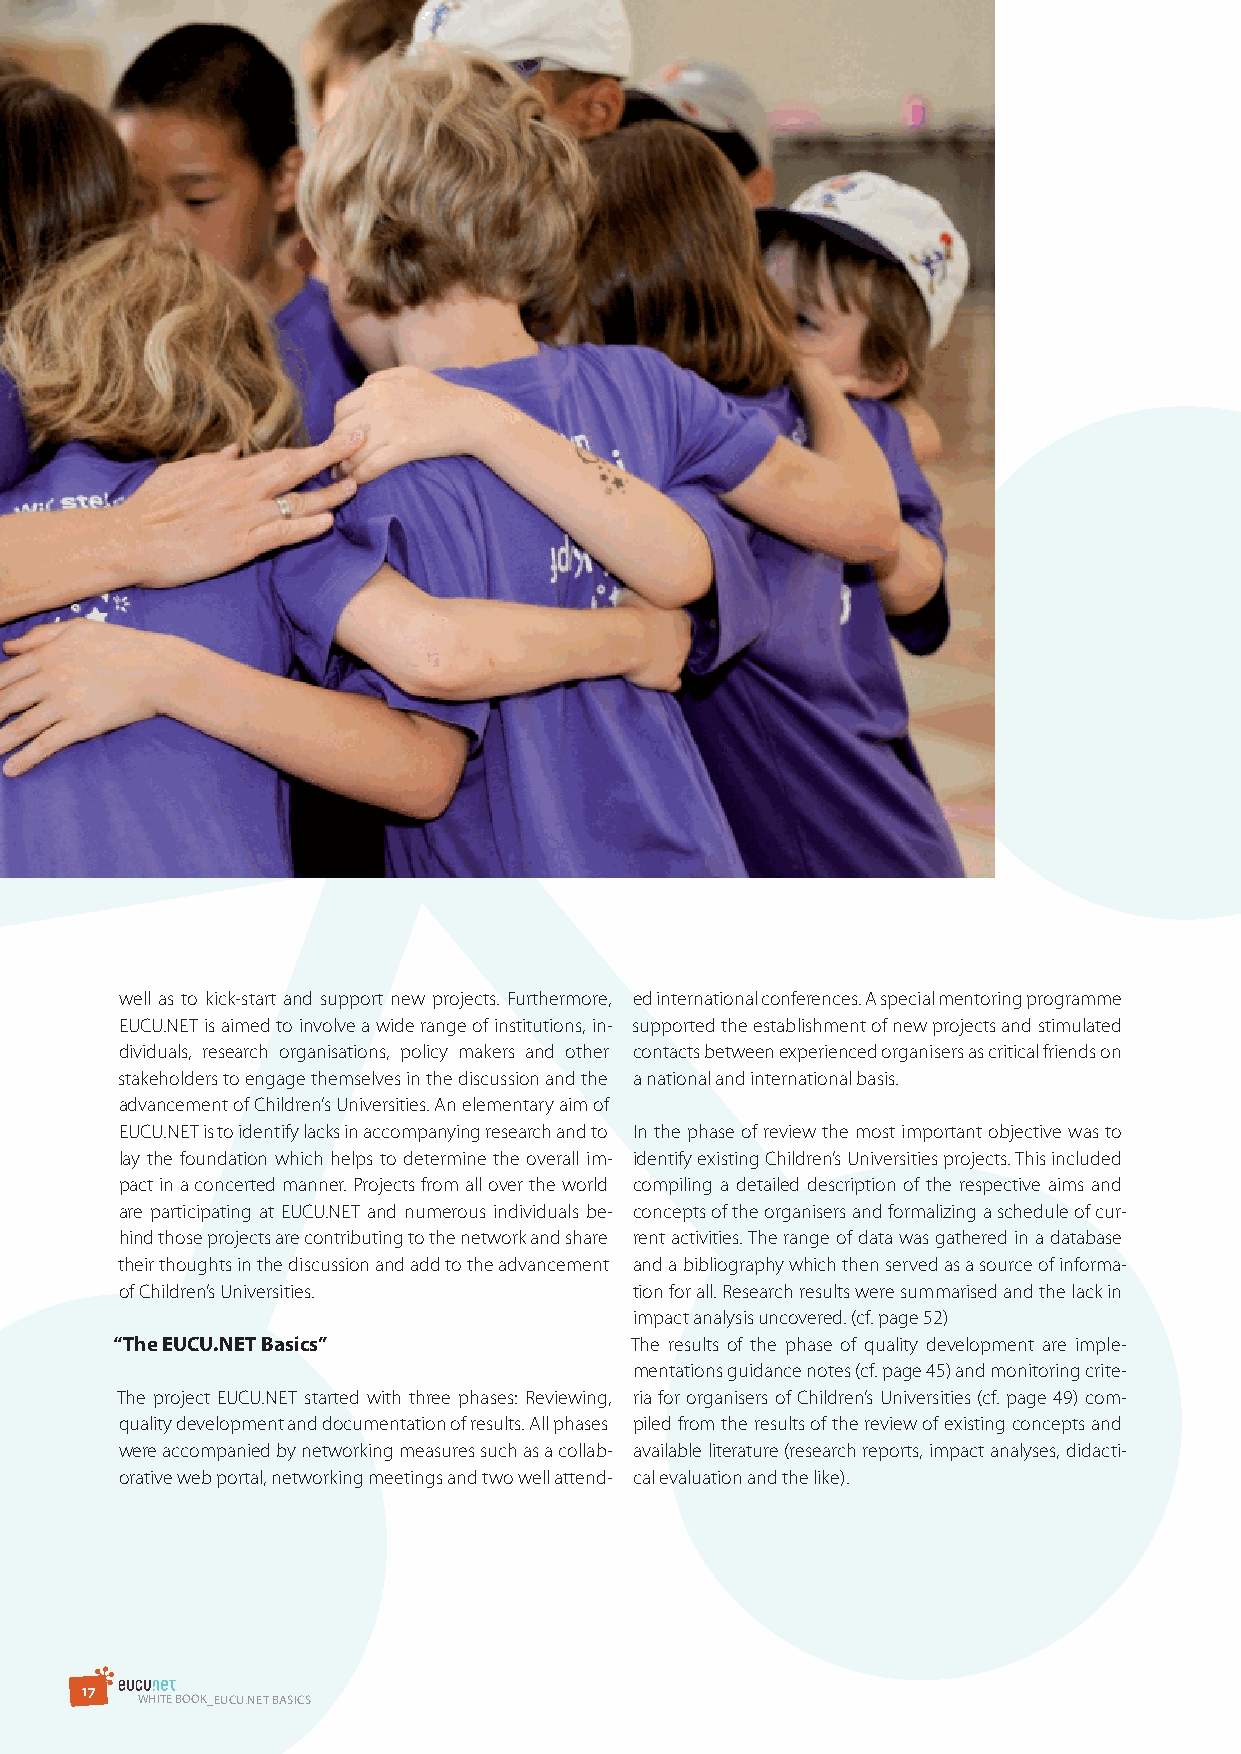
well as to kick-start and support new projects. Furthermore, ed international conferences. A special mentoring programme
 EUCU.NET is aimed to involve a wide range of institutions, in- supported the establishment of new projects and stimulated
 dividuals, research organisations, policy makers and other contacts between experienced organisers as critical friends on
 stakeholders to engage themselves in the discussion and the a national and international basis.
 advancement of Children’s Universities. An elementary aim of
 EUCU.NET is to identify lacks in accompanying research and to In the phase of review the most important objective was to
 lay the foundation which helps to determine the overall im- identify existing Children’s Universities projects. This included
 pact in a concerted manner. Projects from all over the world compiling a detailed description of the respective aims and
 are participating at EUCU.NET and numerous individuals be- concepts of the organisers and formalizing a schedule of cur-
 hind those projects are contributing to the network and share rent activities. The range of data was gathered in a database
 their thoughts in the discussion and add to the advancement and a bibliography which then served as a source of informa-
 of Children’s Universities.       tion for all. Research results were summarised and the lack in
 impact analysis uncovered. (cf. page 52)
 “The EUCU.NET Basics”              The results of the phase of quality development are imple-
 mentations guidance notes (cf. page 45) and monitoring crite-
 The project EUCU.NET started with three phases: Reviewing, ria for organisers of Children’s Universities (cf. page 49) com-
 quality development and documentation of results. All phases piled from the results of the review of existing concepts and
 were accompanied by networking measures such as a collab- available literature (research reports, impact analyses, didacti-
 orative web portal, networking meetings and two well attend- cal evaluation and the like).
 1 7
 WHITE BOOK_EuCu.NET BAsICs